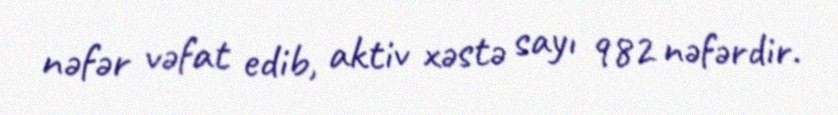
nəfər vəfat edib, aktiv xəstə sayı 982 nəfərdir.